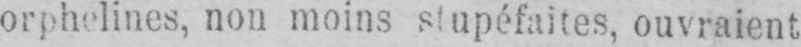
orphelines, non moins stupéfaites, ouvraient